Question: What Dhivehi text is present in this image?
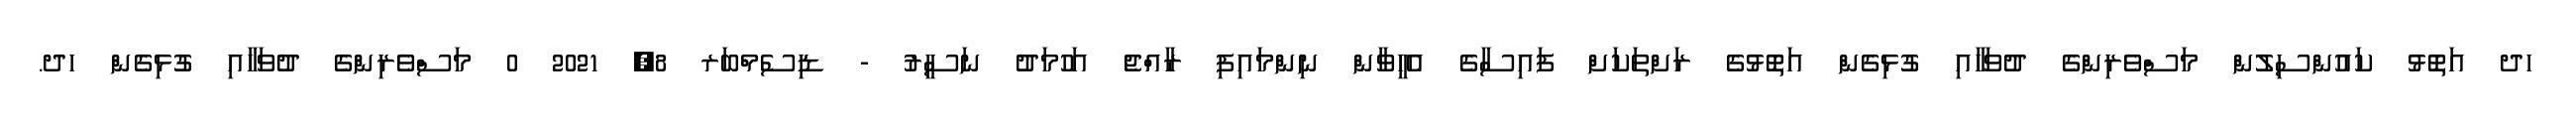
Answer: ހދ އަތޮޅު ކައުންސިލުން މަސްވެރިންގެ ދުވަހާއި ގުޅިގެން އަތޮޅުގެ ރަށްތަކަށް ފައިސާގެ އެހީވާން ނިންމައިފި ރާއްޖެ އަހުމަދު ނަސީރު - ޑިސެމްބަރ 8, 2021 0 މަސްވެރިންގެ ދުވަހާއި ގުޅިގެން ހދ.